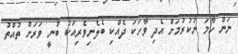
ނަން ހާމަ ނުކުރުމަށް އެދި ވާހަކަ ދެއްކި ބެލެނިވެރިއަކު ބުނީ ވަރަށް ތުއްތު